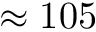
\approx 1 0 5